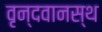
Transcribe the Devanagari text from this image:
वृन्दवानस्थ